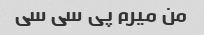
من میرم پی سی سی